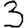
Digit: 3